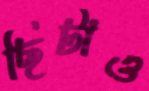
ছিটাও